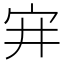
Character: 宑